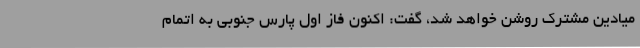
میادین مشترک روشن خواهد شد، گفت: اکنون فاز اول پارس جنوبی به اتمام